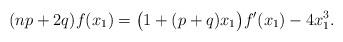
LaTeX: \begin{align*}(np+2q)f(x_1) = \bigl(1+(p+q)x_1\bigr)f'(x_1)-4x_1^3. \end{align*}